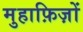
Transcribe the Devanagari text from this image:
मुहाफ़िज़ों